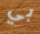
بي